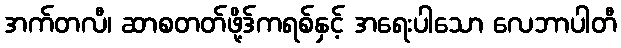
အက်တလီ၊ ဆာစတတ်ဖို့ဒ်ကရစ်နှင့် အရေးပါသော လေဘာပါတီ